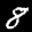
Label: 8